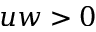
u w > 0